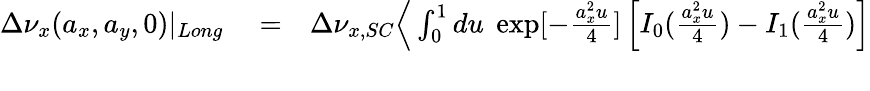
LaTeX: \begin{array}{rlr}{\Delta\nu_{x}(a_{x},a_{y},0)|_{Long}}&{{}=}&{\Delta\nu_{x,SC}{\Big\langle}\int_{0}^{1}du\; \exp[-\frac{a_{x}^{2}u}{4}]\left[I_{0}(\frac{a_{x}^{2}u}{4})-I_{1}(\frac{a_{x}^{2}u}{4})\right]}\\ {\mathrm{~}}\end{array}